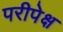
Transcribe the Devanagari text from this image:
परीपेक्ष